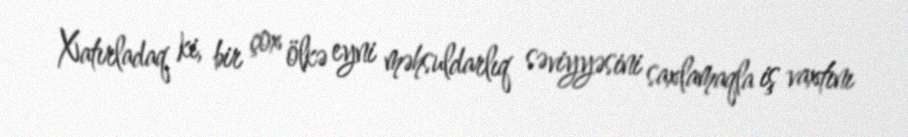
Xatırladaq ki, bir çox ölkə eyni məhsuldarlıq səviyyəsini saxlamaqla iş vaxtını